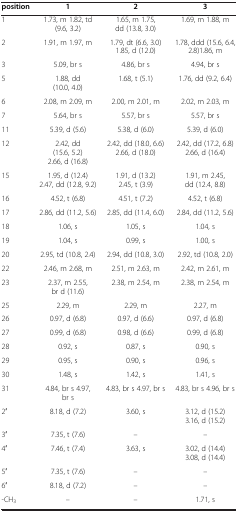
<table><thead><tr><td><b>position</b></td><td><b>1</b></td><td><b>2</b></td><td><b>3</b></td></tr></thead><tbody><tr><td>1</td><td>1.73, m 1.82, td (9.6, 3.2)</td><td>1.65, m 1.75, dd (13.8, 3.0)</td><td>1.69, m 1.88, m</td></tr><tr><td>2</td><td>1.91, m 1.97, m</td><td>1.79, dt (6.6, 3.0) 1.85, d (12.0)</td><td>1.78, ddd (15.6, 6.4, 2.8)1.86, m</td></tr><tr><td>3</td><td>5.09, br s</td><td>4.86, br s</td><td>4.94, br s</td></tr><tr><td>5</td><td>1.88, dd (10.0, 4.0)</td><td>1.68, t (5.1)</td><td>1.76, dd (9.2, 6.4)</td></tr><tr><td>6</td><td>2.08, m 2.09, m</td><td>2.00, m 2.01, m</td><td>2.02, m 2.03, m</td></tr><tr><td>7</td><td>5.64, br s</td><td>5.57, br s</td><td>5.57, br s</td></tr><tr><td>11</td><td>5.39, d (5.6)</td><td>5.38, d (6.0)</td><td>5.39, d (6.0)</td></tr><tr><td>12</td><td>2.42, dd (15.6, 5.2) 2.66, d (16.8)</td><td>2.42, dd (18.0, 6.6) 2.66, d (18.0)</td><td>2.42, dd (17.2, 6.8) 2.66, d (16.4)</td></tr><tr><td>15</td><td>1.95, d (12.4) 2.47, dd (12.8, 9.2)</td><td>1.91, d (13.2) 2.45, t (3.9)</td><td>1.91, m 2.45, dd (12.4, 8.8)</td></tr><tr><td>16</td><td>4.52, t (6.8)</td><td>4.51, t (7.2)</td><td>4.52, t (6.8)</td></tr><tr><td>17</td><td>2.86, dd (11.2, 5.6)</td><td>2.85, dd (11.4, 6.0)</td><td>2.84, dd (11.2, 5.6)</td></tr><tr><td>18</td><td>1.06, s</td><td>1.05, s</td><td>1.04, s</td></tr><tr><td>19</td><td>1.04, s</td><td>0.99, s</td><td>1.00, s</td></tr><tr><td>20</td><td>2.95, td (10.8, 2.4)</td><td>2.94, dd (10.8, 3.0)</td><td>2.92, td (10.8, 2.0)</td></tr><tr><td>22</td><td>2.46, m 2.68, m</td><td>2.51, m 2.63, m</td><td>2.42, m 2.61, m</td></tr><tr><td>23</td><td>2.37, m 2.55, br d (11.6)</td><td>2.38, m 2.54, m</td><td>2.38, m 2.54, m</td></tr><tr><td>25</td><td>2.29, m</td><td>2.29, m</td><td>2.27, m</td></tr><tr><td>26</td><td>0.97, d (6.8)</td><td>0.97, d (6.6)</td><td>0.97, d (6.8)</td></tr><tr><td>27</td><td>0.99, d (6.8)</td><td>0.98, d (6.6)</td><td>0.99, d (6.8)</td></tr><tr><td>28</td><td>0.92, s</td><td>0.87, s</td><td>0.90, s</td></tr><tr><td>29</td><td>0.95, s</td><td>0.90, s</td><td>0.96, s</td></tr><tr><td>30</td><td>1.48, s</td><td>1.42, s</td><td>1.41, s</td></tr><tr><td>31</td><td>4.84, br s 4.97, br s</td><td>4.83, br s 4.97, br s</td><td>4.83, br s 4.96, br s</td></tr><tr><td>2′</td><td>8.18, d (7.2)</td><td>3.60, s</td><td>3.12, d (15.2) 3.16, d (15.2)</td></tr><tr><td>3′</td><td>7.35, t (7.6)</td><td>–</td><td>–</td></tr><tr><td>4′</td><td>7.46, t (7.4)</td><td>3.63, s</td><td>3.02, d (14.4) 3.08, d (14.4)</td></tr><tr><td>5′</td><td>7.35, t (7.6)</td><td>–</td><td>–</td></tr><tr><td>6′</td><td>8.18, d (7.2)</td><td>–</td><td>–</td></tr><tr><td>-CH<sub>3</sub></td><td>–</td><td>–</td><td>1.71, s</td></tr></tbody></table>